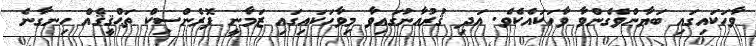
ވާހަކައިގައި ބަޔާންވެގެންވާ ވާހަކައެކެވެ. އަދި ޤުރުއާނުގައިވާ މިވާހަކައިގައި ޒަމާނީ ފޮރެންސިކް ތަޙްޤީޤެއް ހިނގާނެ